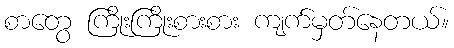
စာတွေ ကြိုးကြိုးစားစား ကျက်မှတ်နေတယ်။